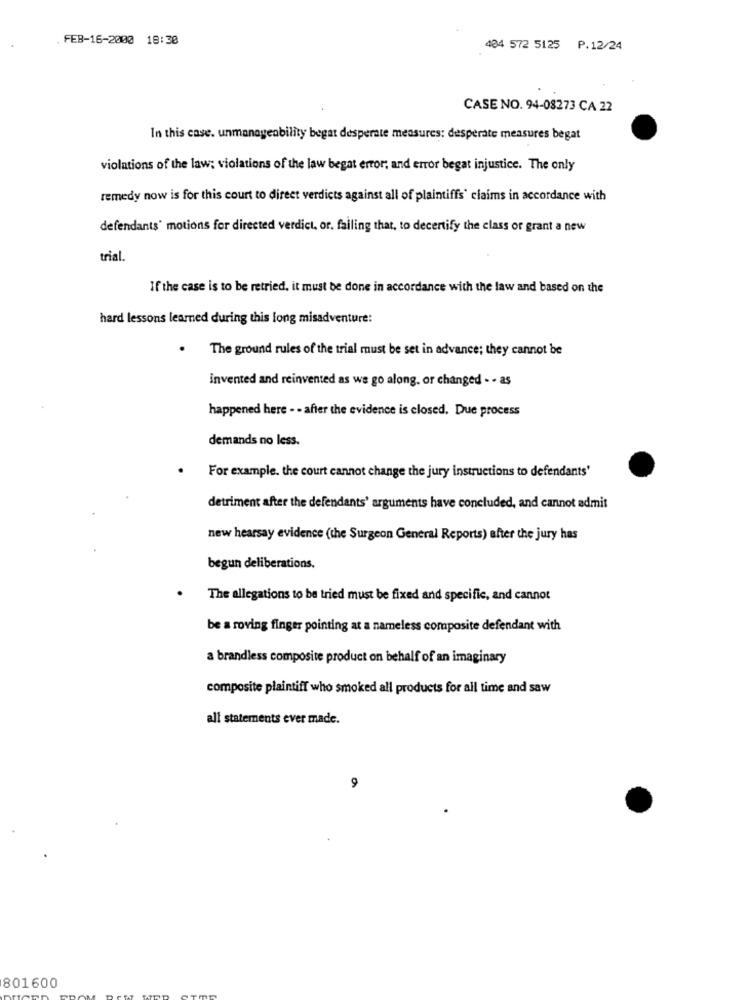
. FEB-16-2000 18:30
404 572 5125 P.12/24
CASE NO. 94-08273 CA 22
In this case. unmanageability begat desperate measures: desperate measures begat
violations of the law; violations of the law begat error; and error begat injustice. The only
remedy now is for this court to direct verdicts against all of plaintiffs' claims in accordance with
defendants' motions for directed verdict, or. failing that, to decertify the class or grant a new
trial.
If the case is to be retried, it must be done in accordance with the law and based on the
hard lessons learned during this long misadventure:
The ground rules of the trial must be set in advance; they cannot be
invented and reinvented as we go along. or changed - - as
happened here - - after the evidence is closed. Due process
demands no less.
For example. the court cannot change the jury instructions to defendants'
detriment after the defendants' arguments have concluded, and cannot admit
new hearsay evidence (the Surgeon General Reports) after the jury has
begun deliberations.
The allegations to be tried must be fixed and specific, and cannot
be a roving finger pointing at a nameless composite defendant with
a brandless composite product on behalf of an imaginary
composite plaintiff who smoked all products for all time and saw
all statements ever made.
9
801600